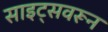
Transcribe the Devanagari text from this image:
साइट्सवरून